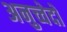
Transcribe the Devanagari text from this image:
अनुच्चेदों